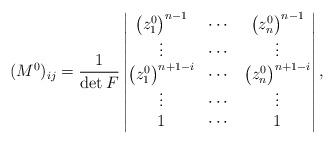
LaTeX: \begin{align*} (M^0)_{ij}=\frac{1}{\det F} \begin{vmatrix} \big(z_1^0\big)^{n-1} & \cdots & \big(z_n^0\big)^{n-1} \\ \vdots & \cdots & \vdots \\ \big(z_1^0\big)^{n+1-i} & \cdots & \big(z_n^0\big)^{n+1-i} \\ \vdots & \cdots & \vdots \\ 1 & \cdots & 1 \end{vmatrix}, \end{align*}